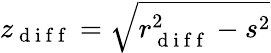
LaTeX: z_{\mathrm{~d~i~f~f~}}={\sqrt{r_{\mathrm{~d~i~f~f~}}^{2}-s^{2}}}